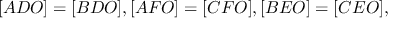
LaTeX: [ A D O ] = [ B D O ] , [ A F O ] = [ C F O ] , [ B E O ] = [ C E O ] ,